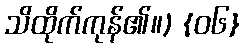
သိထိုက်ကုန်၏။) {၀၆}